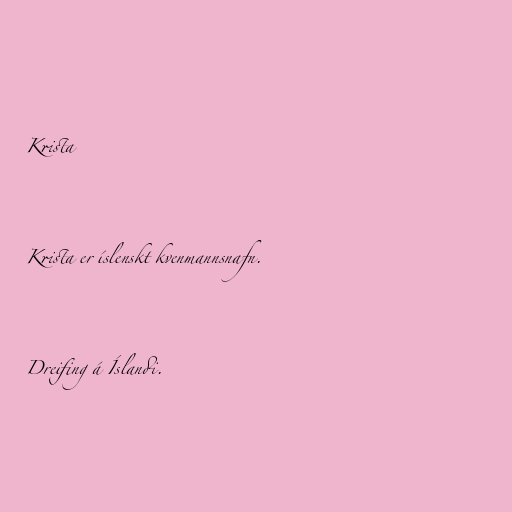
Krista

Krista er íslenskt kvenmannsnafn.

Dreifing á Íslandi.